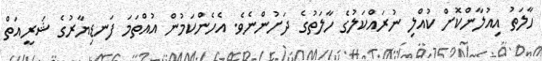
ހާލަތު އިއުލާންކޮށް ކުއްލި ނުރައްކަލުގެ ހާލަތުގެ ދަށުންނެވެ. އެހެންކަމުން އުއްތަމަ ފަނޑިޔާރުގެ ޝަރީއަތް